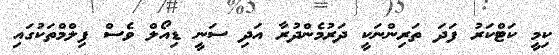
ކިމީ ކަޓްކަރު ފަދަ ތަރިންނަކީ ދަރުމެންދުރާ އަދި ސަނީ ޑިއޯލް ވެސް ފިލްމްތަކުގައި